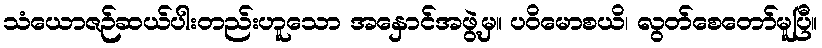
သံယောဇဉ်ဆယ်ပါးတည်းဟူသော အနှောင်အဖွဲ့မှ။ ပဝိမောစယိ၊ လွတ်စေတော်မူပြီ။